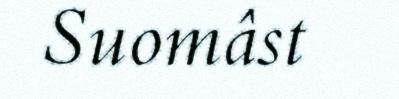
Suomâst